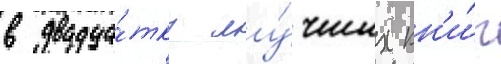
в двадца́тку лу́чших кн'и́г